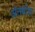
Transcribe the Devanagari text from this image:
अंतर्बाधा